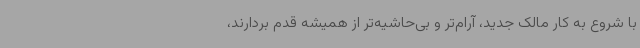
با شروع به کار مالک جدید، آرام‌تر و بی‌حاشیه‌تر از همیشه قدم بردارند،